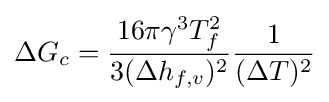
\Delta G_{c}={\frac {16\pi \gamma ^{3}T_{f}^{2}}{3(\Delta h_{f,v})^{2}}}{\frac {1}{(\Delta T)^{2}}}